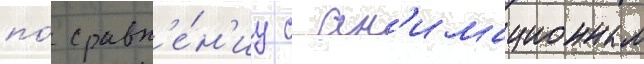
по́ сравн'е́н'иу с ан'имационным